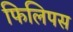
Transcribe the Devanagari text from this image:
फिलिपस